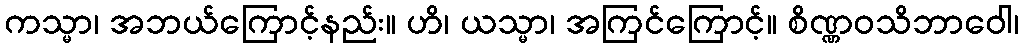
ကသ္မာ၊ အဘယ်ကြောင့်နည်း။ ဟိ၊ ယသ္မာ၊ အကြင်ကြောင့်။ စိဏ္ဏဝသိဘာဝေါ၊